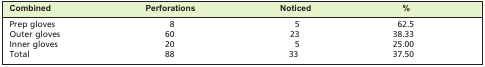
<table><thead><tr><td><b>Combined</b></td><td><b>Perforations</b></td><td><b>Noticed</b></td><td><b>%</b></td></tr></thead><tbody><tr><td>Prep gloves</td><td>8</td><td>5</td><td>62.5</td></tr><tr><td>Outer gloves</td><td>60</td><td>23</td><td>38.33</td></tr><tr><td>Inner gloves</td><td>20</td><td>5</td><td>25.00</td></tr><tr><td>Total</td><td>88</td><td>33</td><td>37.50</td></tr></tbody></table>